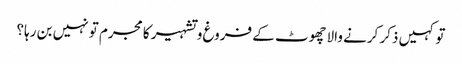
تو کہیں ذکر کرنے والاچھوٹ کے فروغ و تشہیر کا مجرم تو نہیں بن رہا؟